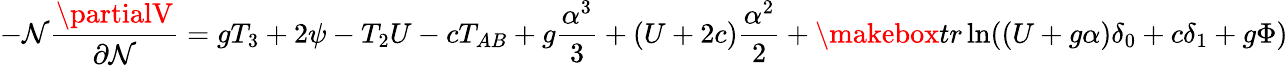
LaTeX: -\mathcal{N}{\frac{{\partialV}}{{\partial\mathcal{N}}}}=gT_{3}+2\psi-T_{2}U-cT_{AB}+g{\frac{{\alpha^{3}}}{{3}}}+(U+2c){\frac{{\alpha^{2}}}{{2}}}+\makebox{tr}\ln((U+g\alpha)\delta_{0}+c\delta_{1}+g\Phi)